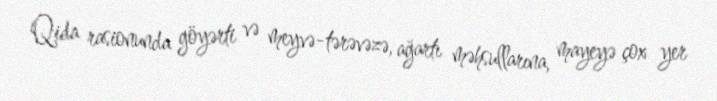
Qida rasionunda göyərti və meyvə-tərəvəzə, ağartı məhsullarına, mayeyə çox yer